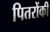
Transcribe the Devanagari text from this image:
पितरोंकी